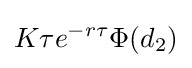
K\tau e^{-r\tau }\Phi (d_{2})